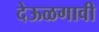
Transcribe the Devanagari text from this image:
देऊळगावी